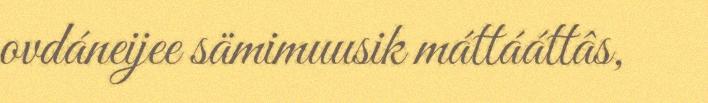
ovdáneijee sämimuusik máttááttâs,